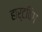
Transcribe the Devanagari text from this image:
हार्टविग